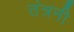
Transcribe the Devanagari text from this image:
तंत्रनी